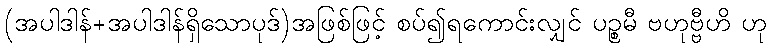
(အပါဒါန်+အပါဒါန်ရှိသောပုဒ်)အဖြစ်ဖြင့် စပ်၍ရကောင်းလျှင် ပဉ္စမီ ဗဟုဗ္ဗီဟိ ဟု